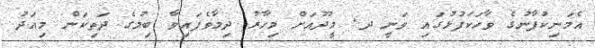
އެމަނިކުފާނުގެ ވާހަކަފުޅުގައި ވަނީ ދ. މީދޫއަށް މިހާރު ދިމާވެފައިވާ ބިމުގެ ދަތިކަން މިއަދު